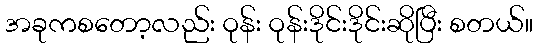
အခုကစတော့လည်း ဝုန်း ဝုန်းဒိုင်းဒိုင်းဆိုပြီး စတယ်။